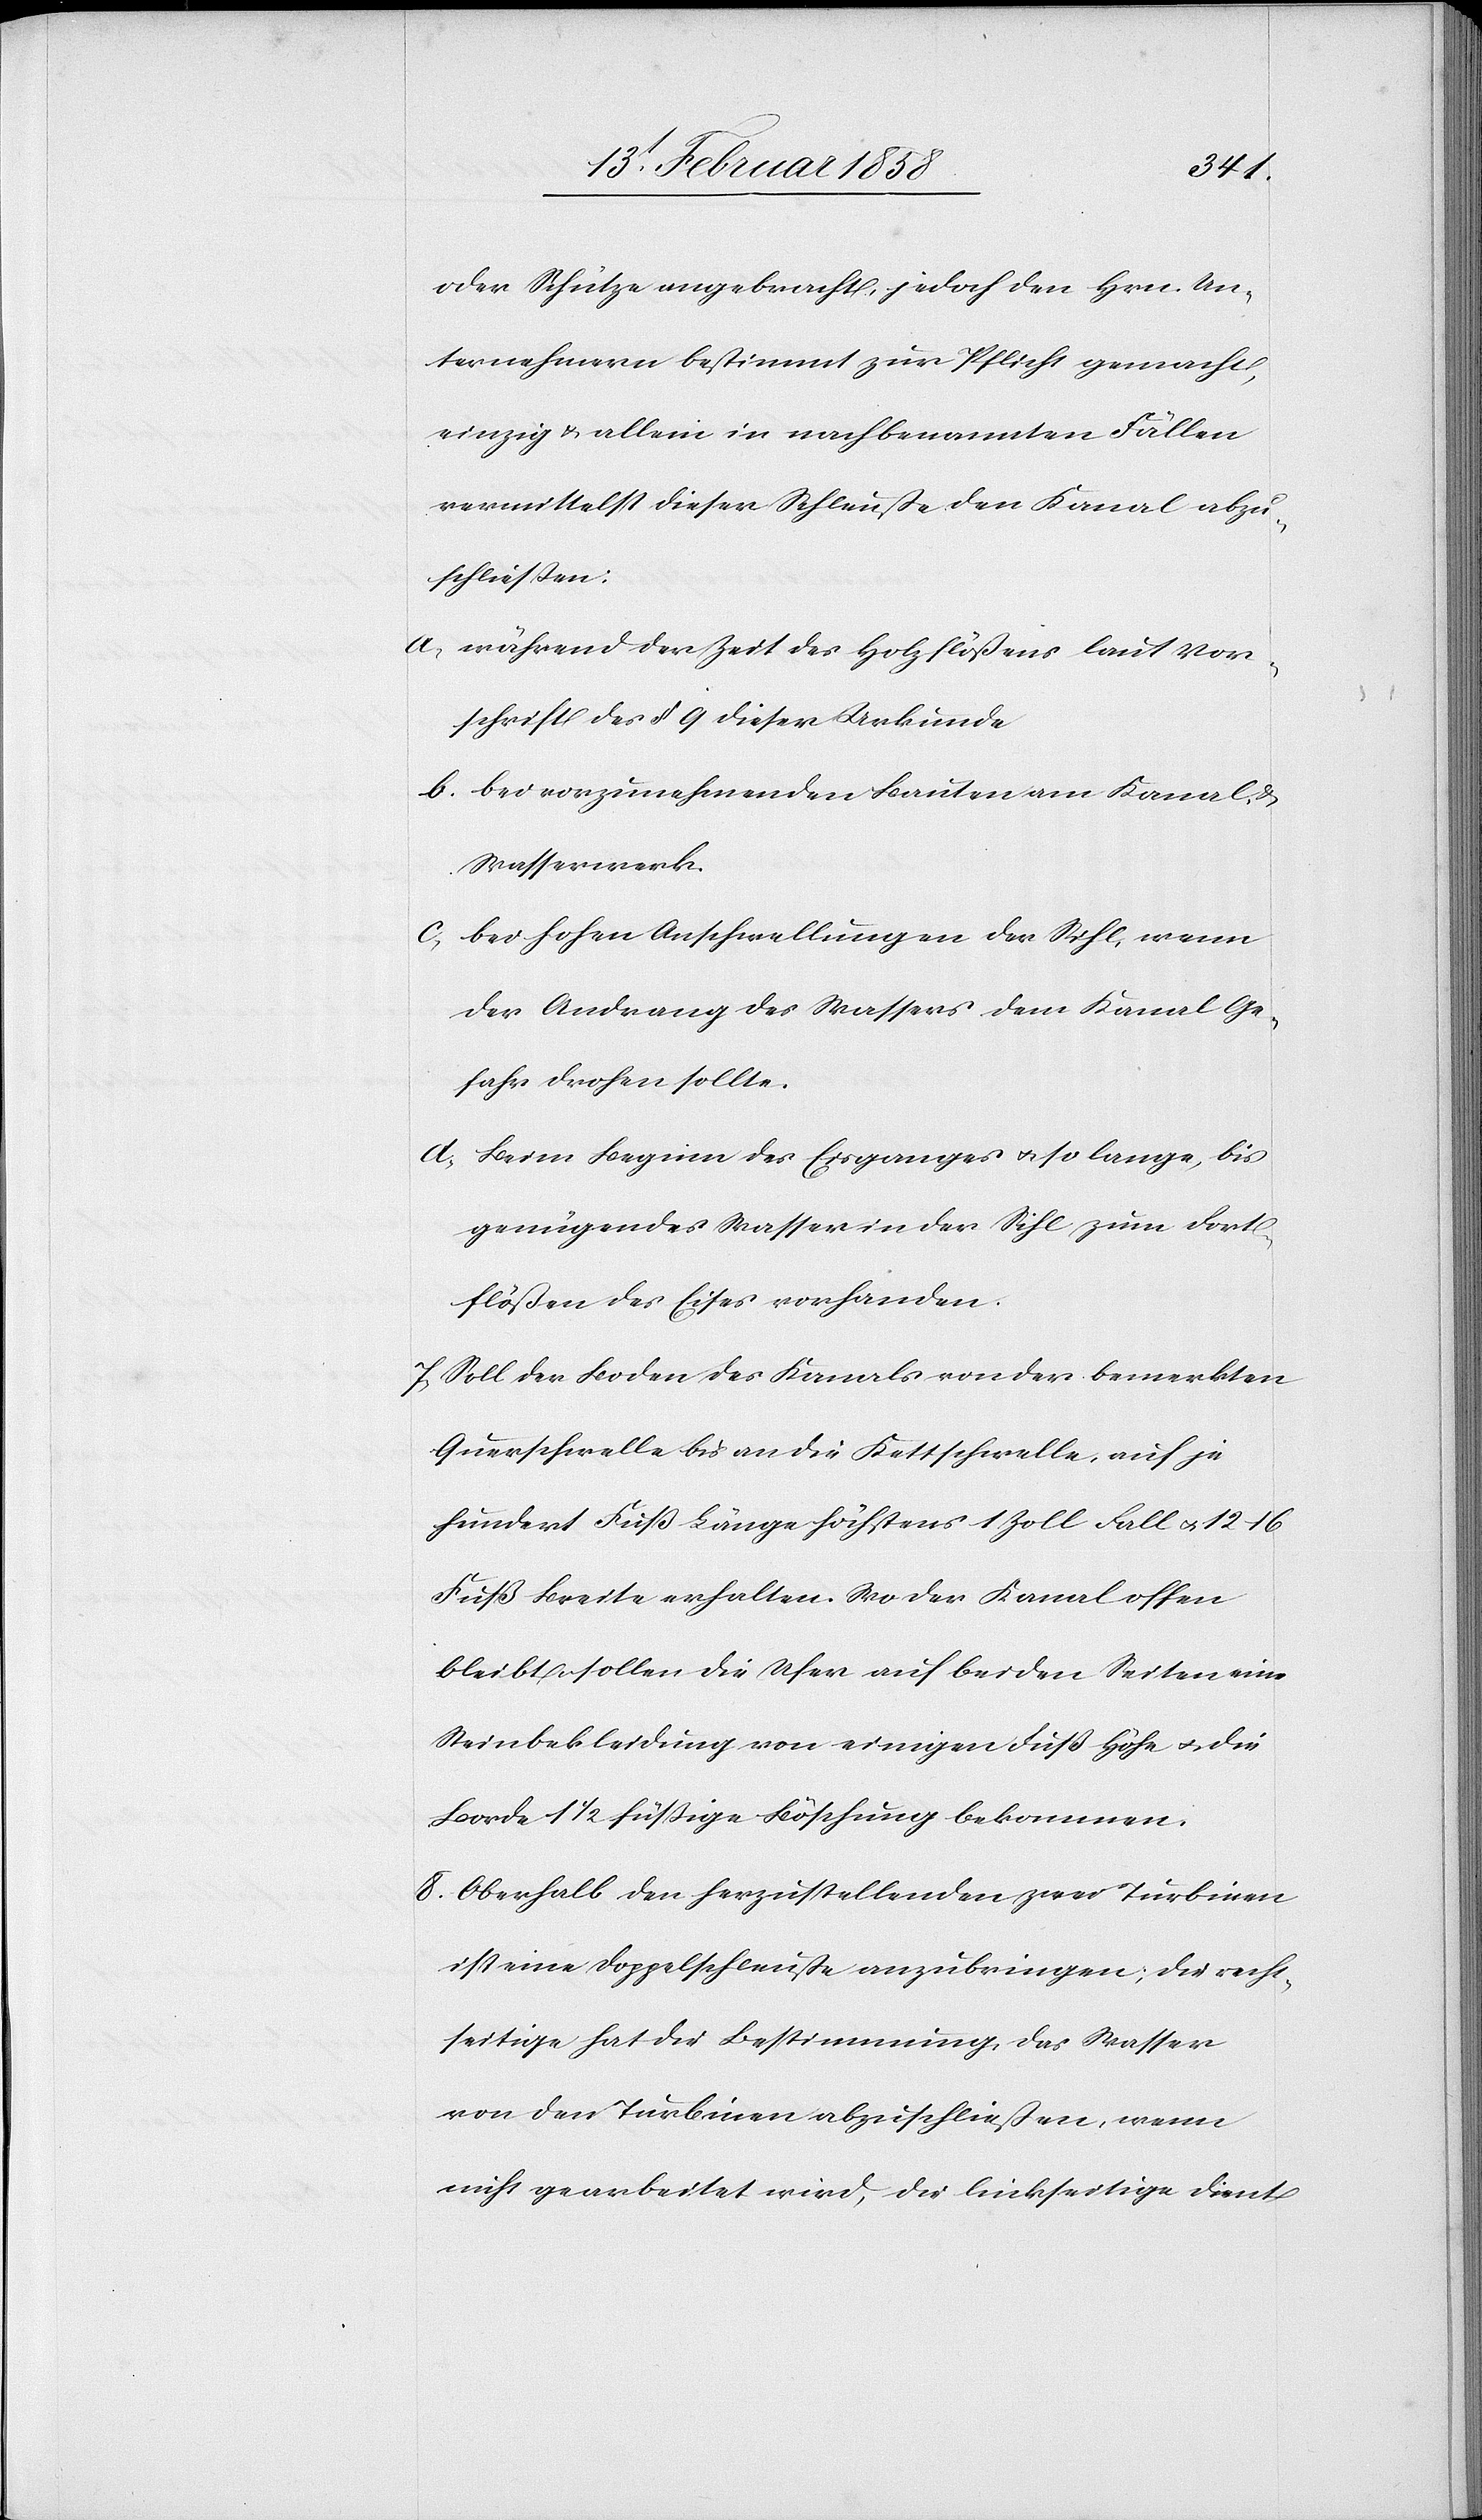
oder Schütze angebracht, jedoch den Hrn. Un¬
ternehmern bestimmt zur Pflicht gemacht,
einzig u. allein in nachbenannten Fällen
vermittelst dieser Schleuße den Kanal abzu¬
schließen:
a. während der Zeit des Holzflößens laut Vor¬
schrift des § 9 dieser Urkunde
b. bei vorzunehmenden Bauten am Kanal &
Wasserwerk.
c. bei hohen Anschwellungen der Sihl, wenn
der Andrang des Wassers dem Kanal Ge¬
fahr drohen sollte.
d. Beim Beginn des Eisganges u. so lange, bis
genügendes Wasser in der Sihl zum Fort¬
flößen des Eises vorhanden.
7. Soll der Boden des Kanals von der bemerkten
Querschwelle bis an die Kettschwelle, auf je
hundert Fuß Länge höchstens 1 Zoll Fall u. 12–16
Fuß Breite erhalten. Wo der Kanal offen
bleibt, sollen die Ufer auf beiden Seiten eine
Steinbekleidung von einigen Fuß Höhe u. die
Borde 1 ½ füßige Böschung bekommen.
8. Oberhalb den herzustellenden zwei Turbinen
ist eine Doppelschleuße anzubringen, die recht¬
seitige hat die Bestimmung, das Wasser
von den Turbinen abzuschließen, wenn
nicht gearbeitet wird, die linkseitige dient